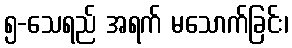
၅-သေရည် အရက် မသောက်ခြင်း၊